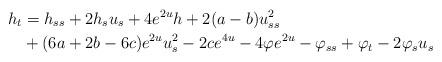
LaTeX: \begin{align*}h_t & =h_{ss}+2h_su_s+4e^{2u}h+2(a-b)u_{ss}^2\\ & +(6a+2b-6c)e^{2u}u_s^2-2ce^{4u}-4\varphi e^{2u}-\varphi_{ss}+\varphi_t-2\varphi_su_s\end{align*}